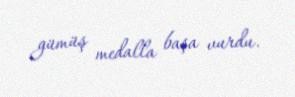
gümüş medalla başa vurdu.